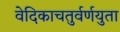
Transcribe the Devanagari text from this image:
वेदिकाचतुर्वर्णयुता